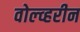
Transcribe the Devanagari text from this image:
वोल्व्हरीन